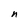
Character: n